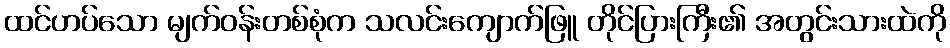
ထင်ဟပ်သော မျက်ဝန်းတစ်စုံက သလင်းကျောက်ဖြူ တိုင်ပြားကြီး၏ အတွင်းသားထဲကို